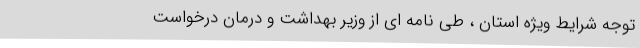
توجه شرایط ویژه استان ، طی نامه ای از وزیر بهداشت و درمان درخواست